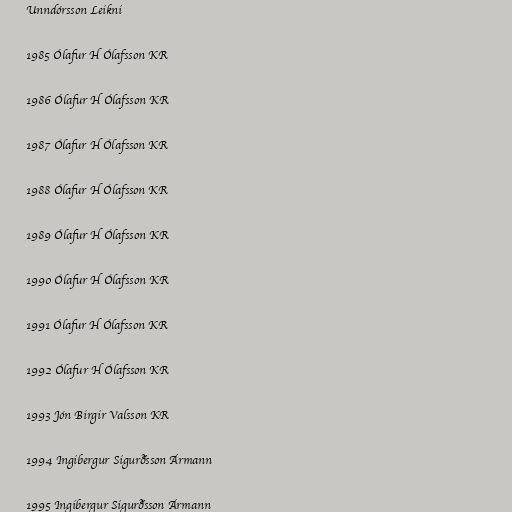
Unndórsson Leikni

1985 Ólafur H Ólafsson KR

1986 Ólafur H Ólafsson KR

1987 Ólafur H Ólafsson KR

1988 Ólafur H Ólafsson KR

1989 Ólafur H Ólafsson KR

1990 Ólafur H Ólafsson KR

1991 Ólafur H Ólafsson KR

1992 Ólafur H Ólafsson KR

1993 Jón Birgir Valsson KR

1994 Ingibergur Sigurðsson Ármann

1995 Ingibergur Sigurðsson Ármann